Indian journal of veterinary science and animal husbandry - Volumes 24-25, 1954-1955
Year: 1954
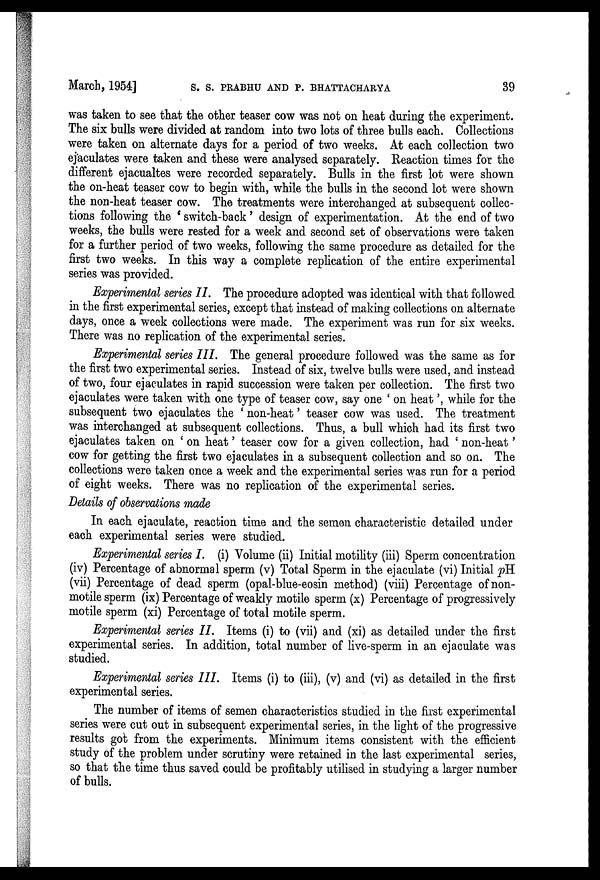
March, 1954] S. S. PRABHU AND P. BHATTACHARYA 39
was taken to see that the other teaser cow was not on heat during the experiment.
The six bulls were divided at random into two lots of three bulls each. Collections
were taken on alternate days for a period of two weeks. At each collection two
ejaculates were taken and these were analysed separately. Reaction times for the
different ejacualtes were recorded separately. Bulls in the first lot were shown
the on-heat teaser cow to begin with, while the bulls in the second lot were shown
the non-heat teaser cow. The treatments were interchanged at subsequent collec-
tions following the 'switch-back' design of experimentation. At the end of two
weeks, the bulls were rested for a week and second set of observations were taken
for a further period of two weeks, following the same procedure as detailed for the
first two weeks. In this way a complete replication of the entire experimental
series was provided.
Experimental series II. The procedure adopted was identical with that followed
in the first experimental series, except that instead of making collections on alternate
days, once a week collections were made. The experiment was run for six weeks.
There was no replication of the experimental series.
Experimental series III. The general procedure followed was the same as for
the first two experimental series. Instead of six, twelve bulls were used, and instead
of two, four ejaculates in rapid succession were taken per collection. The first two
ejaculates were taken with one type of teaser cow, say one 'on heat', while for the
subsequent two ejaculates the 'non-heat' teaser cow was used. The treatment
was interchanged at subsequent collections. Thus, a bull which had its first two
ejaculates taken on 'on heat' teaser cow for a given collection, had 'non-heat'
cow for getting the first two ejaculates in a subsequent collection and so on. The
collections were taken once a week and the experimental series was run for a period
of eight weeks. There was no replication of the experimental series.
Details of observations made
In each ejaculate, reaction time and the semen characteristic detailed under
each experimental series were studied.
Experimental series I. (i) Volume (ii) Initial motility (iii) Sperm concentration
(iv) Percentage of abnormal sperm (v) Total Sperm in the ejaculate (vi) Initial pH.
(vii) Percentage of dead sperm (opal-blue-eosin method) (viii) Percentage of non-
motile sperm (ix) Percentage of weakly motile sperm (x) Percentage of progressively
motile sperm (xi) Percentage of total motile sperm.
Experimental series II. Items (i) to (vii) and (xi) as detailed under the first
experimental series. In addition, total number of live-sperm in an ejaculate was
studied.
Experimental series III. Items (i) to (iii), (v) and (vi) as detailed in the first
experimental series.
The number of items of semen characteristics studied in the first experimental
series were cut out in subsequent experimental series, in the light of the progressive
results got from the experiments. Minimum items consistent with the efficient
study of the problem under scrutiny were retained in the last experimental series,
so that the time thus saved could be profitably utilised in studying a larger number
of bulls.